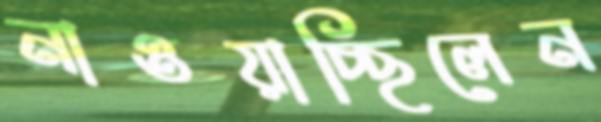
নাওয়াচ্ছিলেন